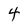
Character: 4